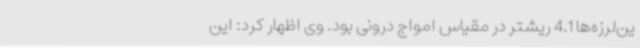
ین‌لرزه‌ها 4.1 ریشتر در مقیاس امواج درونی بود. وی اظهار کرد: این